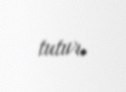
tutur.